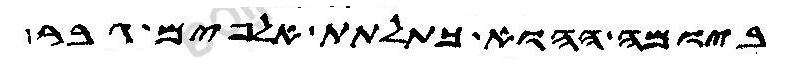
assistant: ביומה ההוא כתלתת אלפים גבר